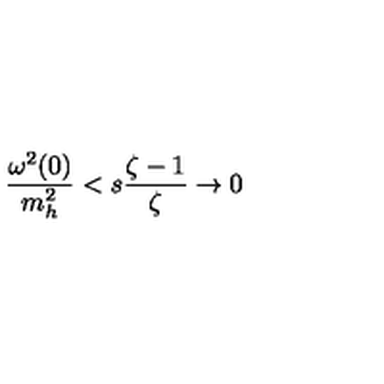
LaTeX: { \frac { \omega ^ { 2 } ( 0 ) } { m _ { h } ^ { 2 } } } < s { \frac { \zeta - 1 } { \zeta } } \to 0